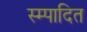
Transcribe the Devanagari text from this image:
स्म्पादित